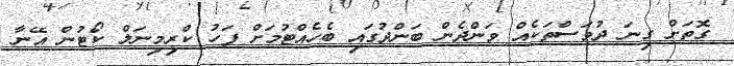
ގޮތަށް ގިނަ ދުވަސްތަކެއް ވަންދެން ބަންދުގައި ބެހެއްޓުމަށް ފަހު ކްރިމިނަލް ކޯޓުން އޭނާ